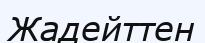
Жадейттен